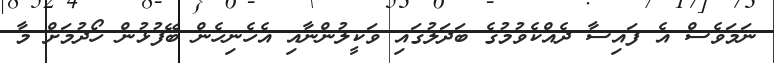
ނަމަވެސް އެ ފައިސާ ދެއްކެވުމުގެ ބަދަލުގައި ވަކީލުންނާއި އެހެނިހެން ބޭފުޅުން ހޯދުމަށް މާ